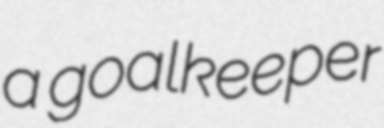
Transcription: a goalkeeper